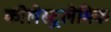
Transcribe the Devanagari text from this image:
कोलेस्ट्रलेमिक